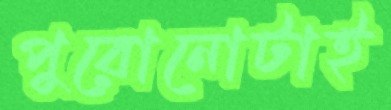
পুরোনোটাই